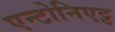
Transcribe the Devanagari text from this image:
एन्टोनिएट्ट